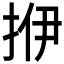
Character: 𰓡